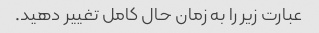
عبارت زیر را به زمان حال کامل تغییر دهید.